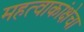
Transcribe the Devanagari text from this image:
महत्वाकांक्षेचा